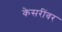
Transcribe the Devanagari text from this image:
केसरींवर